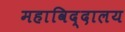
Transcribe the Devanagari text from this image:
महाविद्दालय